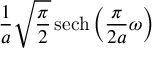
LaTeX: { \frac { 1 } { a } } { \sqrt { \frac { \pi } { 2 } } } \operatorname { s e c h } \left( { \frac { \pi } { 2 a } } \omega \right)